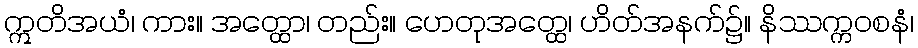
ဣတိအယံ၊ ကား။ အတ္ထော၊ တည်း။ ဟေတုအတ္ထေ၊ ဟိတ်အနက်၌။ နိဿက္ကဝစနံ၊